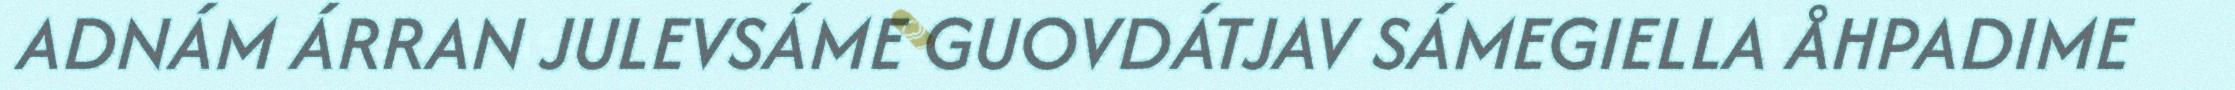
ADNÁM ÁRRAN JULEVSÁME GUOVDÁTJAV SÁMEGIELLA ÅHPADIME